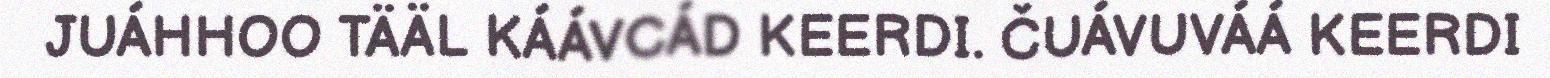
JUÁHHOO TÄÄL KÁÁVCÁD KEERDI. ČUÁVUVÁÁ KEERDI